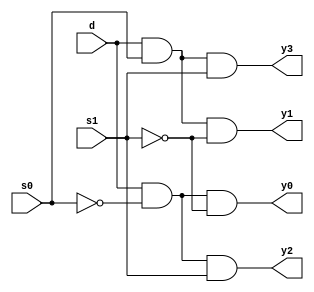
module demux4x1(d,s1,s0,y0,y1,y2,y3);
  input d,s1,s0;
  output y0,y1,y2,y3;
 assign s0bar=~s0;
 assign s1bar=~s1;
 assign y0=d & s0bar & s1bar;
 assign y1=d & s0 & s1bar ;
 assign y2=d & s0bar & s1 ;
 assign y3=d & s0 & s1 ;
endmodule